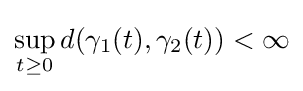
\sup _{t\geq 0}d(\gamma _{1}(t),\gamma _{2}(t))<\infty